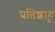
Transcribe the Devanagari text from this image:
प्रतिशाहू